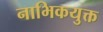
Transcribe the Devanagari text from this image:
नाभिकयुक्त